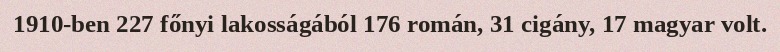
1910-ben 227 főnyi lakosságából 176 román, 31 cigány, 17 magyar volt.